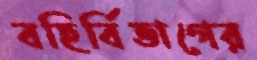
বহির্বিভাগের